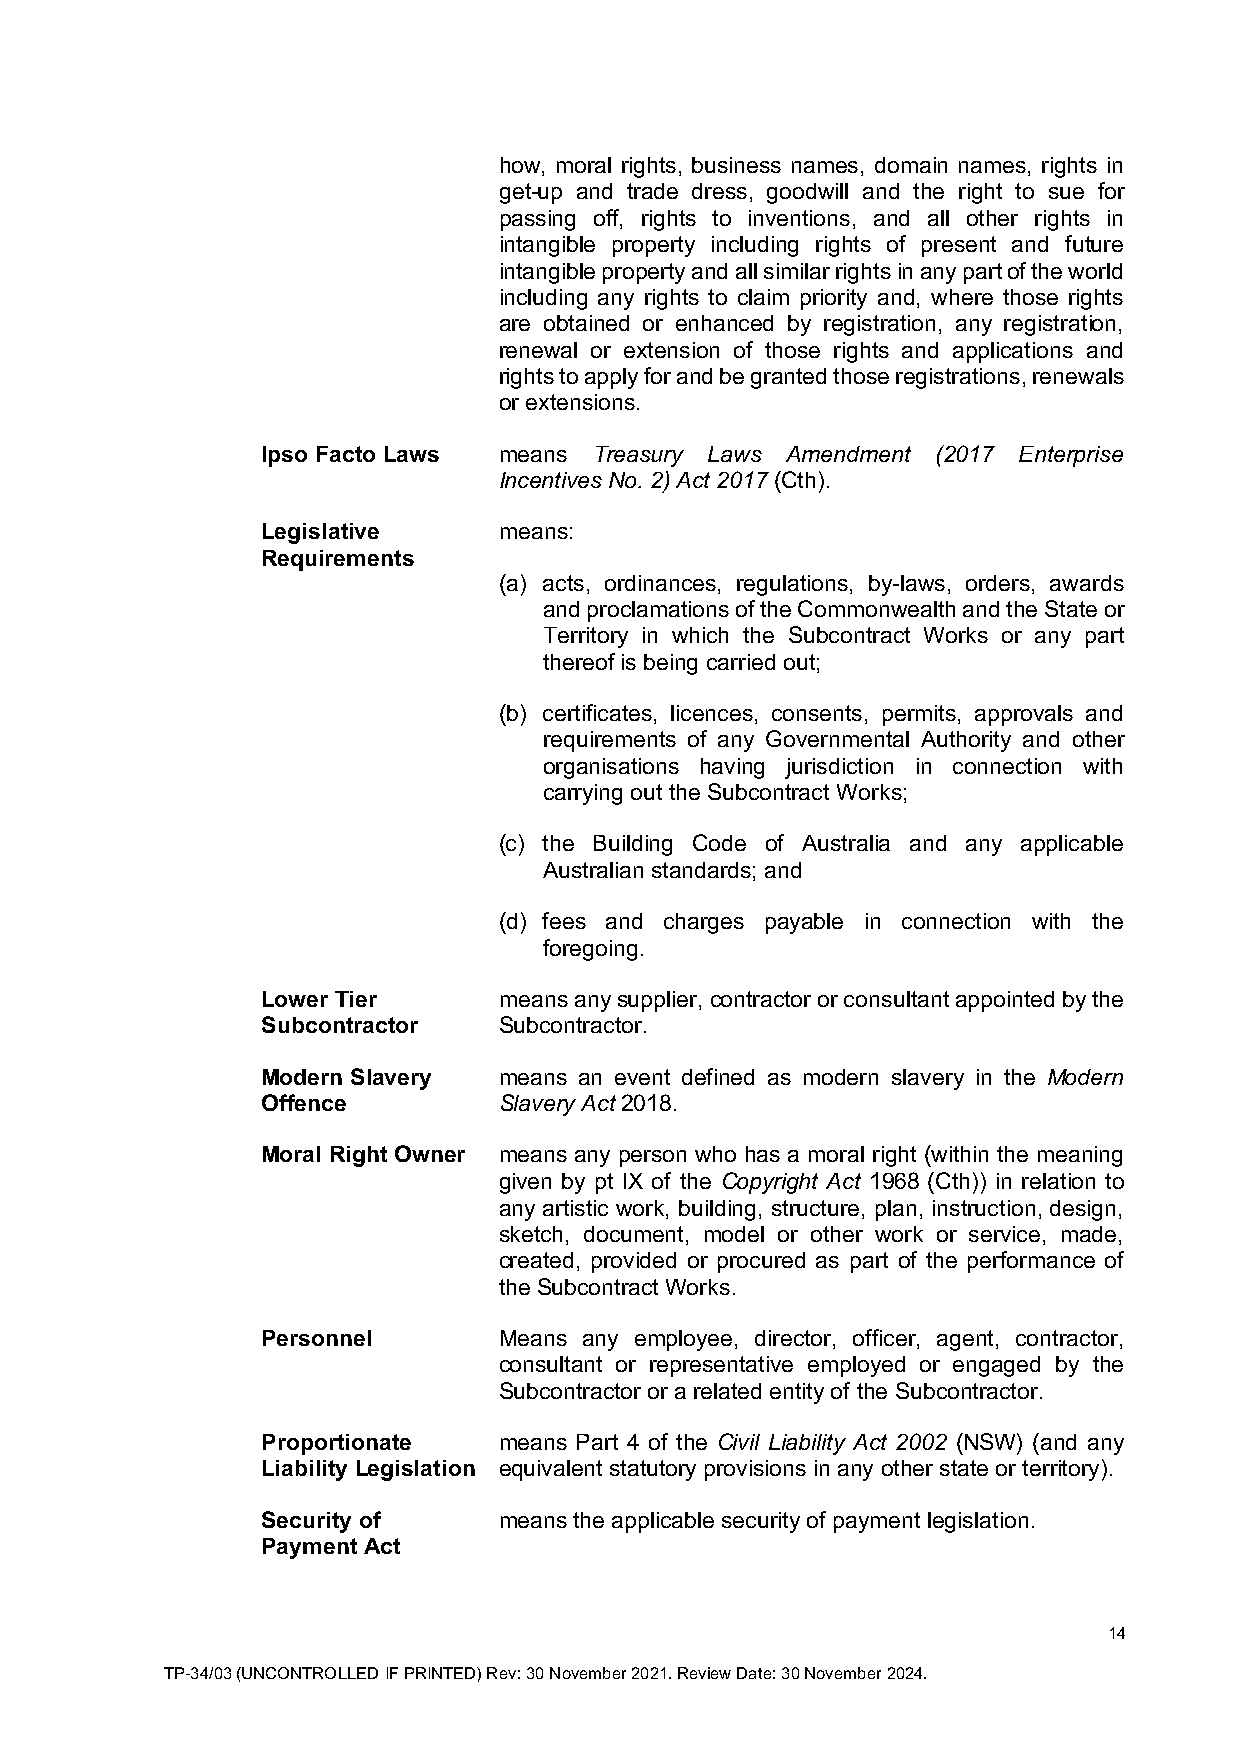
how, moral rights, business names, domain names, rights in
 get-up and trade dress, goodwill and the right to sue for
 passing off, rights to inventions, and all other rights in
 intangible property including rights of present and future
 intangible property and all similar rights in any part of the world
 including any rights to claim priority and, where those rights
 are obtained or enhanced by registration, any registration,
 renewal or extension of those rights and applications and
 rights to apply for and be granted those registrations, renewals
 or extensions.
 Ipso Facto Laws means Treasury Laws Amendment (2017 Enterprise
 Incentives No. 2) Act 2017 (Cth).
 Legislative     means:
 Requirements
 (a) acts, ordinances, regulations, by-laws, orders, awards
 and proclamations of the Commonwealth and the State or
 Territory in which the Subcontract Works or any part
 thereof is being carried out;
 (b) certificates, licences, consents, permits, approvals and
 requirements of any Governmental Authority and other
 organisations having jurisdiction in connection with
 carrying out the Subcontract Works;
 (c) the Building Code of Australia and any applicable
 Australian standards; and
 (d) fees and charges payable in connection with the
 foregoing.
 Lower Tier      means any supplier, contractor or consultant appointed by the
 Subcontractor   Subcontractor.
 Modern Slavery  means an event defined as modern slavery in the Modern
 Offence         Slavery Act 2018.
 Moral Right Owner means any person who has a moral right (within the meaning
 given by pt IX of the Copyright Act 1968 (Cth)) in relation to
 any artistic work, building, structure, plan, instruction, design,
 sketch, document, model or other work or service, made,
 created, provided or procured as part of the performance of
 the Subcontract Works.
 Personnel       Means any employee, director, officer, agent, contractor,
 consultant or representative employed or engaged by the
 Subcontractor or a related entity of the Subcontractor.
 Proportionate   means Part 4 of the Civil Liability Act 2002 (NSW) (and any
 Liability Legislation equivalent statutory provisions in any other state or territory).
 Security of     means the applicable security of payment legislation.
 Payment Act
 14
 TP-34/03 (UNCONTROLLED IF PRINTED) Rev: 30 November 2021. Review Date: 30 November 2024.